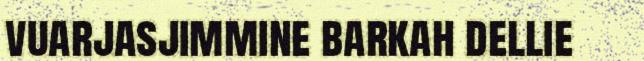
vuarjasjimmine barkah dellie